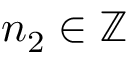
n _ { 2 } \in \mathbb { Z }